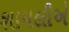
શામલીએ